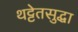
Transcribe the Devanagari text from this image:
थट्टेतसुद्धा